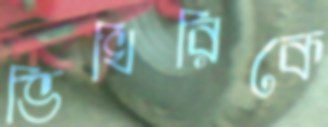
ভিখিরিকে